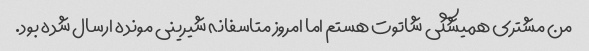
من مشتری همیشگی شاتوت هستم اما امروز متاسفانه شیرینی مونده ارسال شده بود.